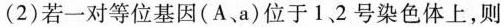
(2)若一对等位基因(A、a)位于1.2号染色体上，则